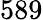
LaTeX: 589